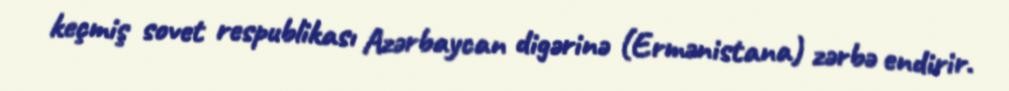
keçmiş sovet respublikası Azərbaycan digərinə (Ermənistana) zərbə endirir.